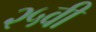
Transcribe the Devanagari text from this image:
२५वी